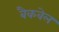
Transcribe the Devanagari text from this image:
बैकवेल